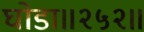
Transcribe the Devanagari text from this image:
घोडा॥२५२॥